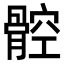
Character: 𩩝